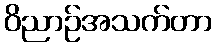
ဝိညာဉ်အသက်တာ